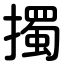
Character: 擉